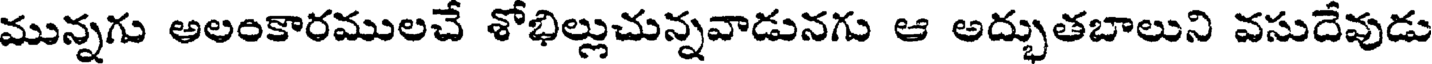
మున్నగు అలంకారములచే శోభిల్లుచున్నవాడునగు ఆ అద్భుతబాలుని వసుదేవుడు